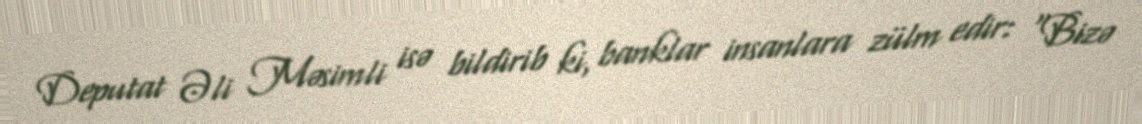
Deputat Əli Məsimli isə bildirib ki, banklar insanlara zülm edir: “Bizə